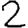
Digit: 2